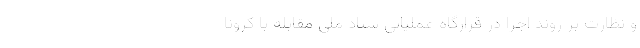
و نظارت بر روند اجرا در قرارگاه عملیاتی ستاد ملی مقابله با کرونا